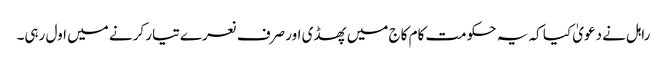
راہل نے دعویٰ کیا کہ یہ حکومت کام کاج میں پھسڈی اور صرف نعرے تیار کرنے میں اول رہی۔